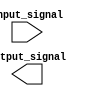
module parallel_case_statement (
     input wire [1:0] input_signal,
     output reg output_signal
);

always @ (*) begin
     case (input_signal)
          2'b00: begin // Case value 00
               // Statements or blocks of code for case value 00
          end
          2'b01: begin // Case value 01
               // Statements or blocks of code for case value 01
          end
          2'b10: begin // Case value 10
               // Statements or blocks of code for case value 10
          end
          2'b11: begin // Case value 11
               // Statements or blocks of code for case value 11
          end
          default: begin // Default case
               // Statements or blocks of code for default case
          end
     endcase
end

endmodule